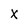
Character: X